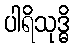
ပါရိသုဒ္ဓိ